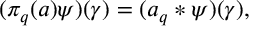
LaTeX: ( \pi _ { q } ( a ) \psi ) ( \gamma ) = ( a _ { q } * \psi ) ( \gamma ) ,